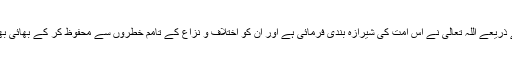
اس تواصی کے ذریعے اللہ تعالی نے اس امت کی شیرازہ بندی فرمائی ہے اور ان کو اختلاف و نزاع کے تامم خطروں سے محفوظ کر کے بھائی بھائی بنا دیا ہے۔